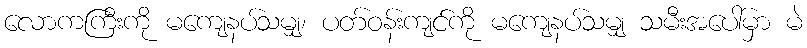
လောကကြီးကို မကျေနပ်သမျှ၊ ပတ်ဝန်းကျင်ကို မကျေနပ်သမျှ သမီးအပေါ်မှာ မဲ